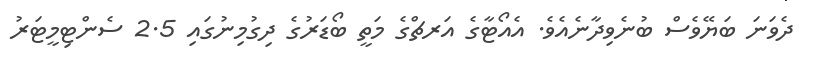
ދެވަނަ ބަޔޭވެސް ބުނެވިދާނެއެވެ. އެއޯޓާގެ އަރޗްގެ މަތީ ބޯޑަރުގެ ދިގުމިނުގައި 2.5 ސެންޓިމީޓަރު